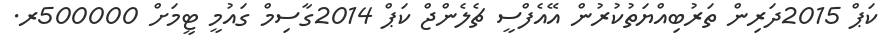
ކަޕް 2015ދަރިން ތަރުބިއްޔަތުކުރުން އޭއެފްސީ ޗެލެންޖް ކަޕް 2014ގާސިމް ގައުމީ ޓީމަށް 500000ރ.